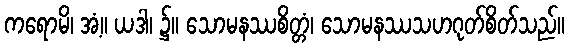
ကရောမိ၊ အံ့။ ယဒါ၊ ၌။ သောမနဿစိတ္တံ၊ သောမနဿသဟဂုတ်စိတ်သည်။